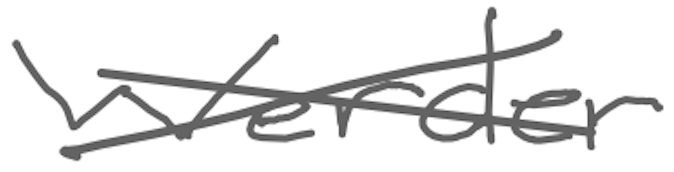
Text: Werder
Cross-out: cross
Writing tool: digital_gray